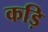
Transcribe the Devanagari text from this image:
कड़ि